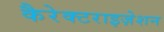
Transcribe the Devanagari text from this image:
कैरेक्टराइज़ेशन